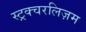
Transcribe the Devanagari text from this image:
स्ट्रक्चरलिज़म